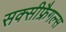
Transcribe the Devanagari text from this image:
सक्सीफ्रैगल्स